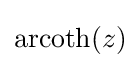
\operatorname {arcoth} (z)